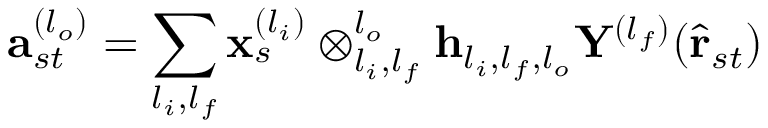
\mathbf { a } _ { s t } ^ { ( l _ { o } ) } = \sum _ { l _ { i } , l _ { f } } \mathbf { x } _ { s } ^ { ( l _ { i } ) } \otimes _ { l _ { i } , l _ { f } } ^ { l _ { o } } \mathbf { h } _ { l _ { i } , l _ { f } , l _ { o } } \mathbf { Y } ^ { ( l _ { f } ) } ( \hat { \mathbf { r } } _ { s t } )